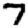
Digit: 7